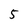
Character: 5